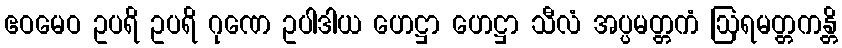
ဧဝမေဝ ဥပရိ ဥပရိ ဂုဏေ ဥပါဒါယ ဟေဋ္ဌာ ဟေဋ္ဌာ သီလံ အပ္ပမတ္တကံ ဩရမတ္တကန္တိ